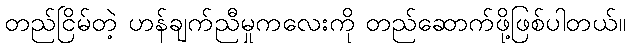
တည်ငြိမ်တဲ့ ဟန်ချက်ညီမှုကလေးကို တည်ဆောက်ဖို့ဖြစ်ပါတယ်။